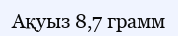
Ақуыз 8,7 грамм